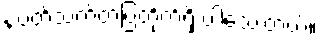
နဲ့ပတ်သက်တဲ့ပြတိုက်ရှိ ပါသေးတယ်။